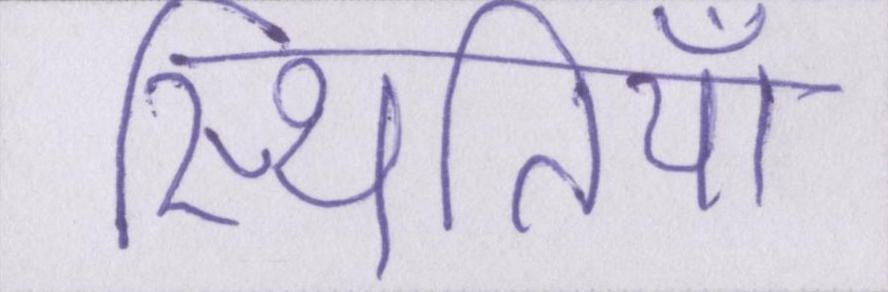
स्थितियाँ